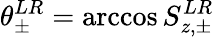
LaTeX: \theta_{\pm}^{LR}=\operatorname{arccos}S_{z,\pm}^{LR}